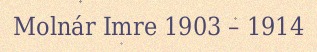
Molnár Imre 1903 – 1914